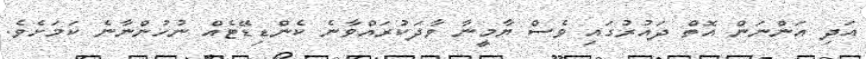
އަދި އަންނަން އޮތް ދައުރުގައި ވެސް ޔާމީނާ ވާދަކުރައްވާނެ ކެންޑިޑޭޓެއް ނުހުންނާނެ ކަމަށެވެ.